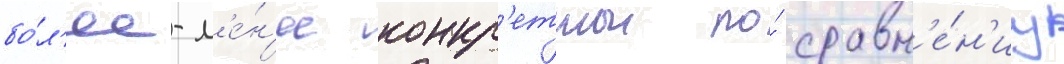
бо́л'ее-м'е́н'ее конкр'етнои по́ сравн'е́н'иу